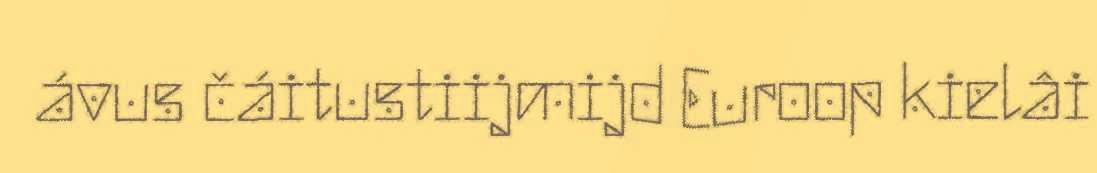
ávus čáitustiijmijd Euroop kielâi